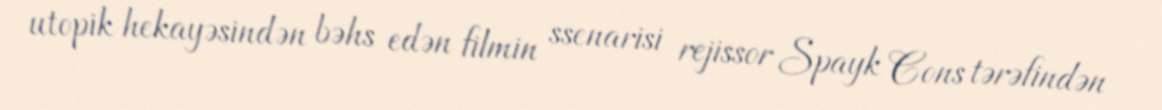
utopik hekayəsindən bəhs edən filmin ssenarisi rejissor Spayk Cons tərəfindən